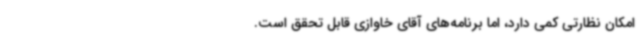
امکان نظارتی کمی دارد، اما برنامه‌های آقای خاوازی قابل تحقق است.